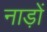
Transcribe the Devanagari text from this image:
नाड़ों